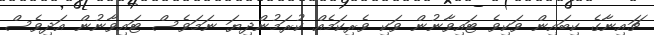
ޗައިނާގެ ކިބައިން ވަކިވެ ޓައިވާނުން ވަކި ވެރިކަމެއް ކުރަމުންދިޔަ ނަމަވެސް ޓައިވާނުން އަދިވެސް